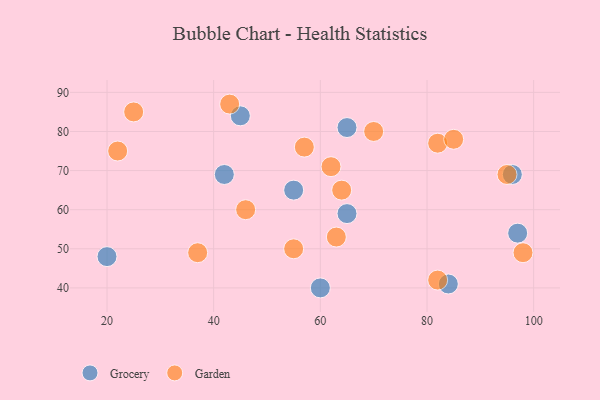
{"axis": {"x": "GDP", "y": "Life Expectancy"}, "legend": ["Garden", "Grocery"], "data": [{"x": "60", "y": 40, "type": "Grocery"}, {"x": "84", "y": 41, "type": "Grocery"}, {"x": "96", "y": 69, "type": "Grocery"}, {"x": "45", "y": 84, "type": "Grocery"}, {"x": "97", "y": 54, "type": "Grocery"}, {"x": "65", "y": 59, "type": "Grocery"}, {"x": "55", "y": 65, "type": "Grocery"}, {"x": "65", "y": 81, "type": "Grocery"}, {"x": "20", "y": 48, "type": "Grocery"}, {"x": "42", "y": 69, "type": "Grocery"}, {"x": "82", "y": 77, "type": "Garden"}, {"x": "82", "y": 42, "type": "Garden"}, {"x": "63", "y": 53, "type": "Garden"}, {"x": "22", "y": 75, "type": "Garden"}, {"x": "64", "y": 65, "type": "Garden"}, {"x": "85", "y": 78, "type": "Garden"}, {"x": "70", "y": 80, "type": "Garden"}, {"x": "62", "y": 71, "type": "Garden"}, {"x": "25", "y": 85, "type": "Garden"}, {"x": "37", "y": 49, "type": "Garden"}, {"x": "46", "y": 60, "type": "Garden"}, {"x": "98", "y": 49, "type": "Garden"}, {"x": "43", "y": 87, "type": "Garden"}, {"x": "57", "y": 76, "type": "Garden"}, {"x": "95", "y": 69, "type": "Garden"}, {"x": "55", "y": 50, "type": "Garden"}]}